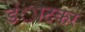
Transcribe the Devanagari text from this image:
डंाटकर